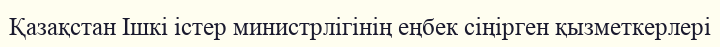
Қазақстан Ішкі істер министрлігінің еңбек сіңірген қызметкерлері